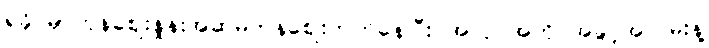
ရခိုင်မှာကုန်ဈေးနှုန်းအဆမတန်ဈေးတက်နေပြီး အလုပ်အကိုင်အခွင့်အလမ်းနဲ့